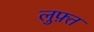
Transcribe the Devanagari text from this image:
लुफ़्त